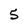
Character: 5